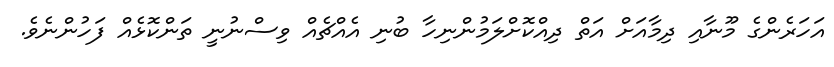
އަހަރެންގެ މޫނާއި ދިމާއަށް އަތް ދިއްކޮށްލަމުންނިހާ ބުނި އެއްޗެއް ވިސްނުނީ ތަންކޮޅެއް ފަހުންނެވެ.